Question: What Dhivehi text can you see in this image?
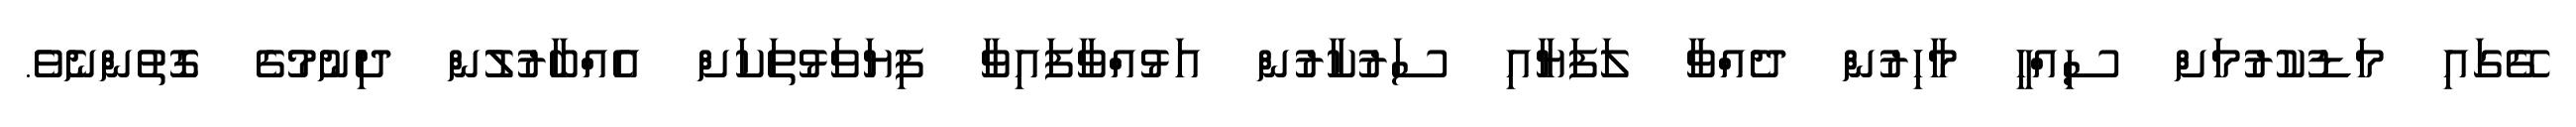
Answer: ގޭގައި މަޑުކުރުމަށް ސިއްޙީ މާހިރުން ދެއްވާ ލަފަޔާއި ސަރުކާރުން އަޅުއްވާފައިވާ ފިޔަވަޅުތަކަށް އެއްބާރުލުން ދިނުމުގެ ގޮތުންނެވެ.